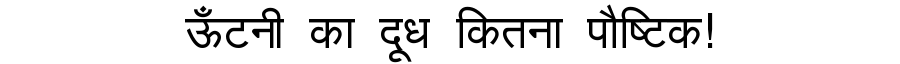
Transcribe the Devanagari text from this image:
ऊँटनी का दूध कितना पौष्टिक!